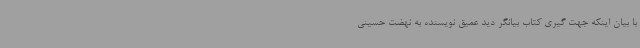
با بیان اینکه جهت گیری کتاب بیانگر دید عمیق نویسنده به نهضت حسینی